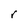
Character: r